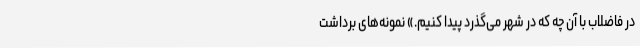
در فاضلاب با آن چه که در شهر می‌گذرد پیدا کنیم.» نمونه‌های برداشت